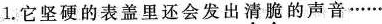
1.它坚硬的表盖里还会发出清脆的声音……